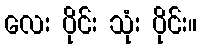
လေး ပိုင်း သုံး ပိုင်း။